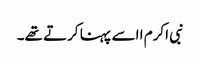
نبی اکرم ا اسے پہنا کرتے تھے۔